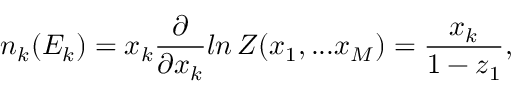
n _ { k } ( E _ { k } ) = x _ { k } \frac { \partial } { \partial x _ { k } } l n \, { \cal Z } ( x _ { 1 } , . . . x _ { M } ) = \frac { x _ { k } } { 1 - z _ { 1 } } ,